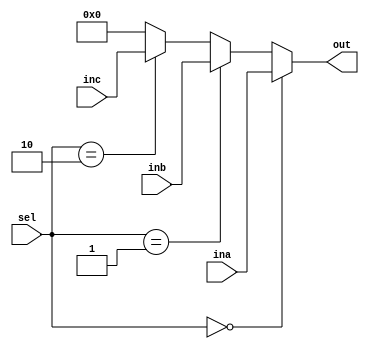
`timescale 1ns/1ps

module mux3_1(
    input [31:0] ina, inb, inc,
    input [1:0] sel,
    output [31:0] out
);

	assign out = (sel == 2'b00 ? ina : (sel == 2'b01 ? inb : (sel == 2'b10 ? inc : 0)));
endmodule